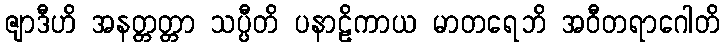
ဇျာဒီဟိ အနတ္တတ္တာ သပ္ပီတိ ပနာဠိကာယ မာတရေဘိ အဝီတရာဂေါတိ